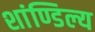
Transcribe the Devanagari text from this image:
शांण्डिल्य